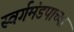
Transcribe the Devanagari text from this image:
स्वर्गमंडपाच्या